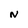
Character: N